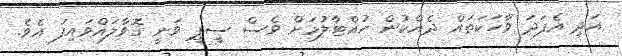
އަދި އެފަދަ ވާހަކަތައް ދެއްކުން ހުއްޓާލުމަށް ވެސް ސީޕީ ވަނީ ގޮވާލައްވައިފަ އެވެ.